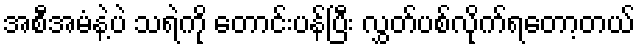
အစီအမံနဲ့ပဲ သရဲကို တောင်းပန်ပြီး လွှတ်ပစ်လိုက်ရတော့တယ်